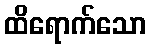
ထိရောက်သော